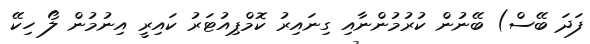
ފަދަ ބޭސް) ބޭނުން ކުރުމުންނާއި ގިނައިރު ކޮމްޕިއުޓަރު ކައިރީ އިނުމުން ލޯ ހިކޭ